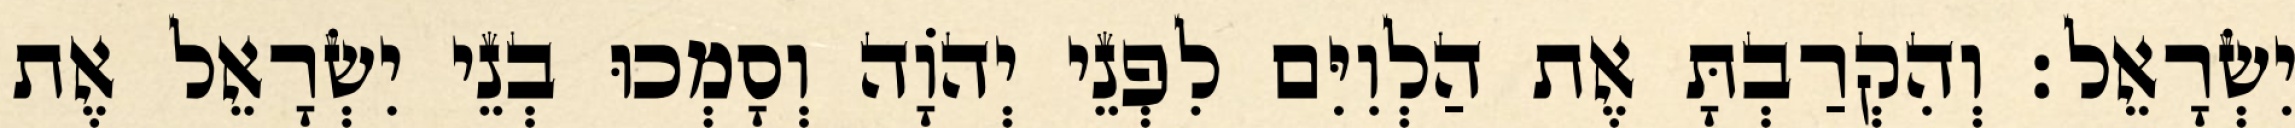
יִשְׂרָאֵל׃ וְהִקְרַבְתָּ אֶת הַלְוִיִּם לִפְנֵי יְהוָֹה וְסָמְכוּ בְנֵי יִשְׂרָאֵל אֶת